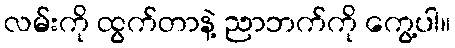
လမ်းကို ထွက်တာနဲ့ ညာဘက်ကို ကွေ့ပါ။